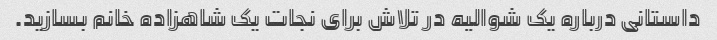
داستانی درباره یک شوالیه در تلاش برای نجات یک شاهزاده خانم بسازید.